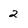
Character: 2